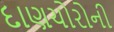
દાણચોરોની